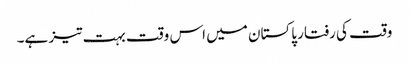
وقت کی رفتار پاکستان میں اس وقت بہت تیز ہے۔